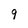
Character: 9